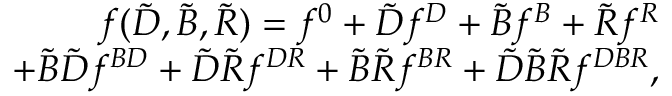
\begin{array} { r } { f ( { \cal \tilde { D } } , { \cal \tilde { B } } , { \cal \tilde { R } } ) = f ^ { 0 } + { { \cal \tilde { D } } } f ^ { { \cal { D } } } + { { \cal \tilde { B } } } f ^ { { \cal { B } } } + { { \cal \tilde { R } } } f ^ { { \cal { R } } } } \\ { + { { \cal \tilde { B } } { \cal \tilde { D } } } f ^ { { \cal { B } } { \cal { D } } } + { { \cal \tilde { D } } { \cal \tilde { R } } } f ^ { { \cal { D } } { \cal { R } } } + { { \cal \tilde { B } } { \cal \tilde { R } } } f ^ { { \cal { B } } { \cal { R } } } + { { \cal \tilde { D } } { \cal \tilde { B } } { \cal \tilde { R } } } f ^ { { \cal { D } } { \cal { B } } { \cal { R } } } , } \end{array}